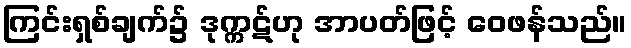
ကြင်းရှစ်ချက်၌ ဒုက္ကဋ်ဟု အာပတ်ဖြင့် ဝေဖန်သည်။